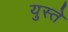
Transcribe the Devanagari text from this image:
युस्ते